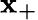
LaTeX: \mathbf{x_{+}}